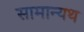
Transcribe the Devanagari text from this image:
सामान्यथ